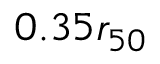
0 . 3 5 r _ { 5 0 }